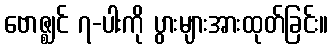
ဗောဇ္ဈင် ၇-ပါးကို ပွားများအားထုတ်ခြင်း။